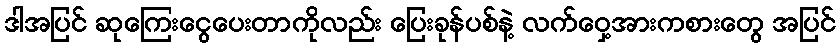
ဒါအပြင် ဆုကြေးငွေပေးတာကိုလည်း ပြေးခုန်ပစ်နဲ့ လက်ဝှေ့အားကစားတွေ အပြင်